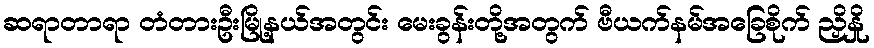
ဆရာတာရာ တံတားဦးမြို့နယ်အတွင်း မေးခွန်းတို့အတွက် ဗီယက်နမ်အခြေစိုက် ညှိနှို